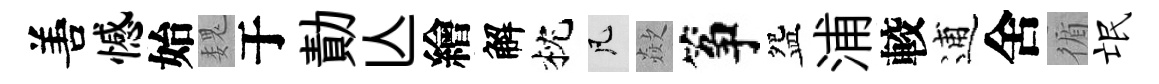
𠵊憾始魏于勣亾繪解枕凡歘筝盌浦較逋舍循氓